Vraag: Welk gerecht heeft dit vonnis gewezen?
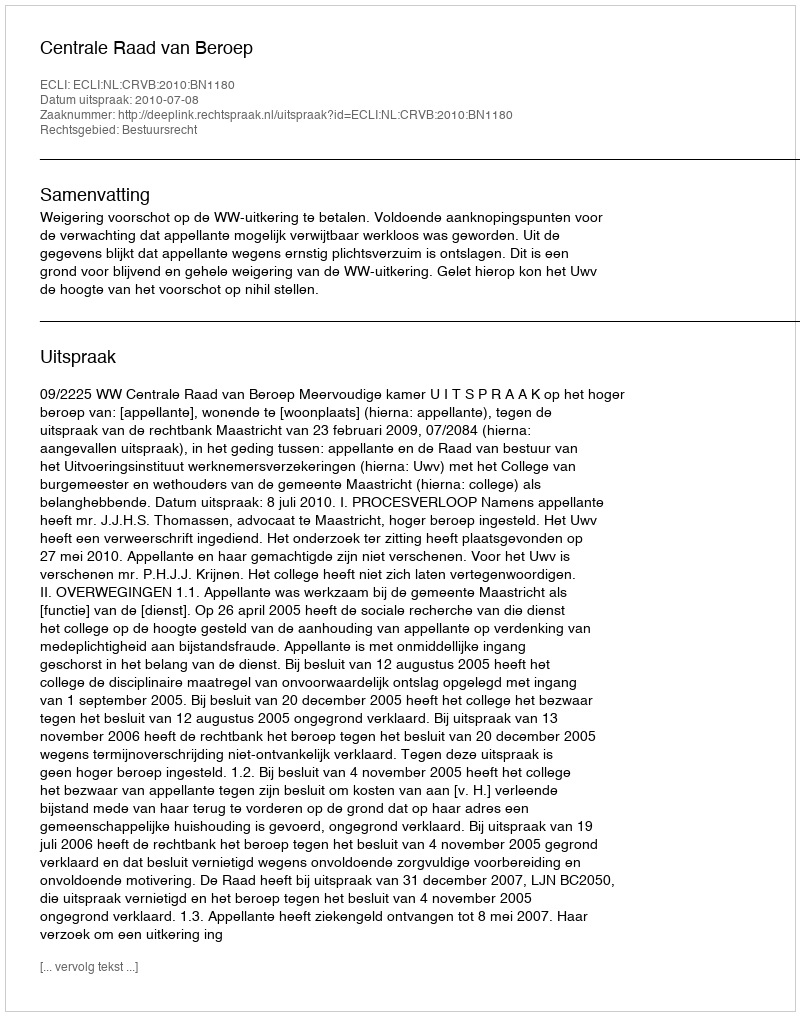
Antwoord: Centrale Raad van Beroep